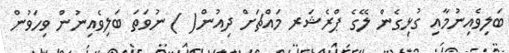
ބަލިވެއިނުމާއި ގުޅިގެން ލޭގެ ޕްރެޝަރ މައްޗަށް ދިއުން( ) ނުވަތަ ބަލިވެއިނުން ވިހަވުން